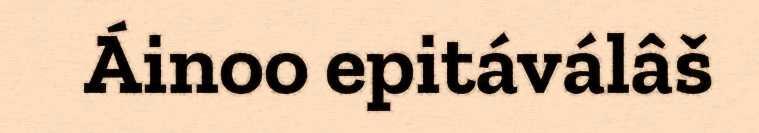
Áinoo epitáválâš